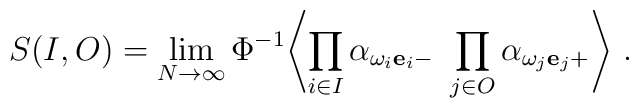
S(I,O) = \lim_{N \to\infty} \Phi^{-1} \Biggl\langle \prod_{i \in I} \alpha_{{\omega_i{\bf e}_i}-} \ \prod_{j \in O} \alpha_{{\omega_j{\bf e}_j}+} \Biggr\rangle\ .